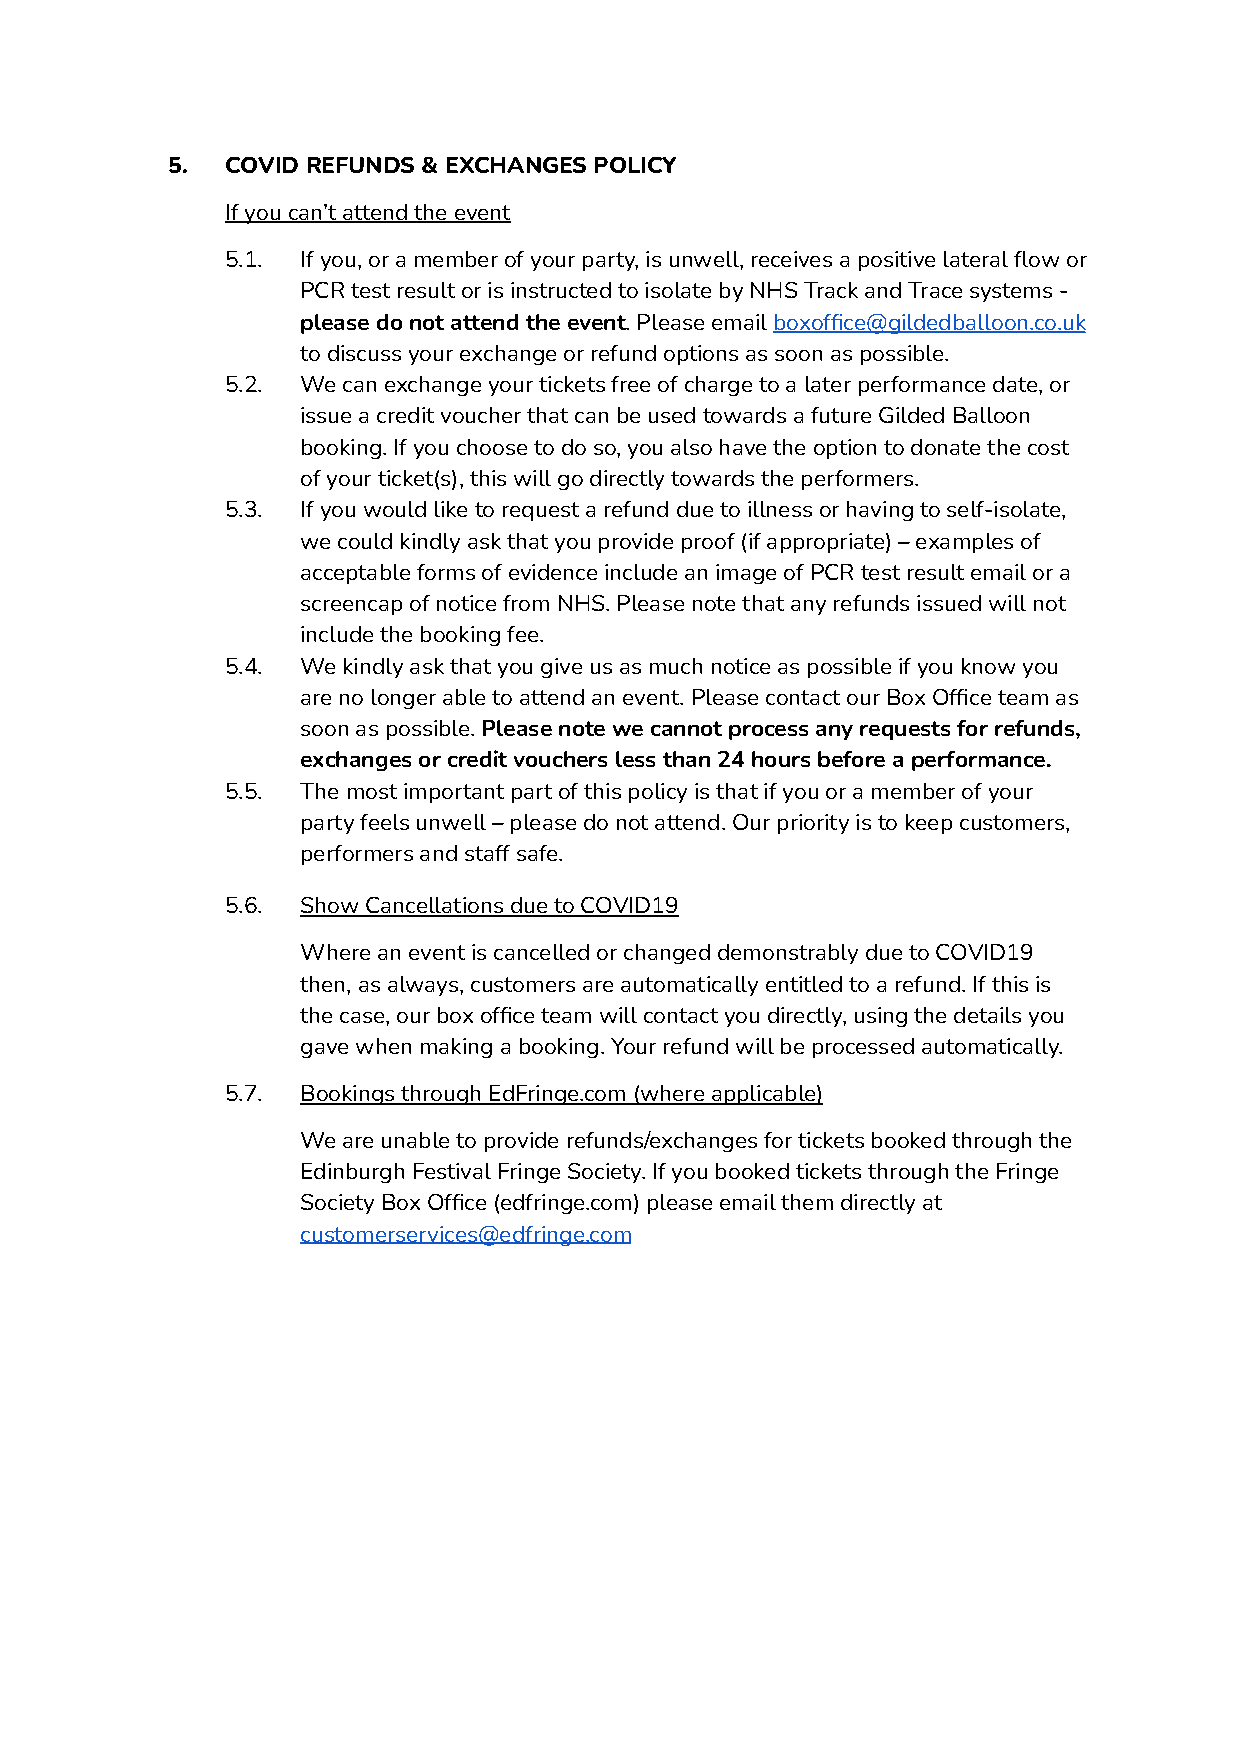
5.  COVID REFUNDS & EXCHANGES POLICY
 If you can’t attend the event
 5.1. If you, or a member of your party, is unwell, receives a positive lateral flow or
 PCR test result or is instructed to isolate by NHS Track and Trace systems -
 please do not attend the event. Please emailboxoffice@gildedballoon.co.uk
 to discuss your exchange or refund options as soon as possible.
 5.2. We can exchange your tickets free of charge to a later performance date, or
 issue a credit voucher that can be used towards a future Gilded Balloon
 booking. If you choose to do so, you also have the option to donate the cost
 of your ticket(s), this will go directly towards the performers.
 5.3. If you would like to request a refund due to illness or having to self-isolate,
 we could kindly ask that you provide proof (if appropriate) – examples of
 acceptable forms of evidence include an image of PCR test result email or a
 screencap of notice from NHS. Please note that any refunds issued will not
 include the booking fee.
 5.4. We kindly ask that you give us as much notice as possible if you know you
 are no longer able to attend an event. Please contact our Box Office team as
 soon as possible.Please note we cannot process anyrequests for refunds,
 exchanges or credit vouchers less than 24 hours before a performance.
 5.5. The most important part of this policy is that if you or a member of your
 party feels unwell – please do not attend. Our priority is to keep customers,
 performers and staff safe.
 5.6. Show Cancellations due to COVID19
 Where an event is cancelled or changed demonstrably due to COVID19
 then, as always, customers are automatically entitled to a refund. If this is
 the case, our box office team will contact you directly, using the details you
 gave when making a booking. Your refund will be processed automatically.
 5.7. Bookings through EdFringe.com (where applicable)
 We are unable to provide refunds/exchanges for tickets booked through the
 Edinburgh Festival Fringe Society. If you booked tickets through the Fringe
 Society Box Office (edfringe.com) please email them directly at
 customerservices@edfringe.com